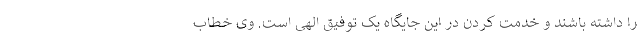
را داشته باشند و خدمت کردن در این جایگاه یک توفیق الهی است. وی خطاب